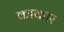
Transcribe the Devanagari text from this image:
काकार